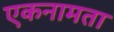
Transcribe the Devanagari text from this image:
एकनामता